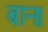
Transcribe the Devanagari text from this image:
बान।